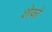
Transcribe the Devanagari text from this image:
शेफो